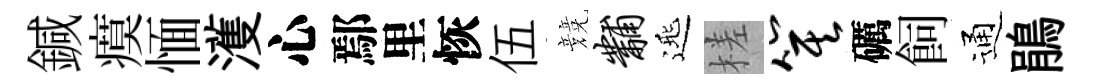
鍼瘼愐濩心鄢里恢伍競黼𨓱槎箕礪飼通鵑